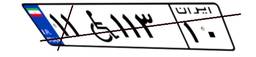
۵۴W۹۲۹۹۵